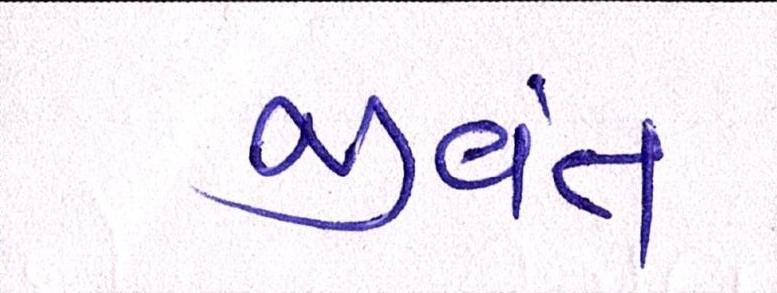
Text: જીવંત